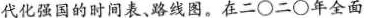
代化强国的时间表、路线图。在二○二○年全面